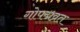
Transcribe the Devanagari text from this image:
गोपद्मव्रत